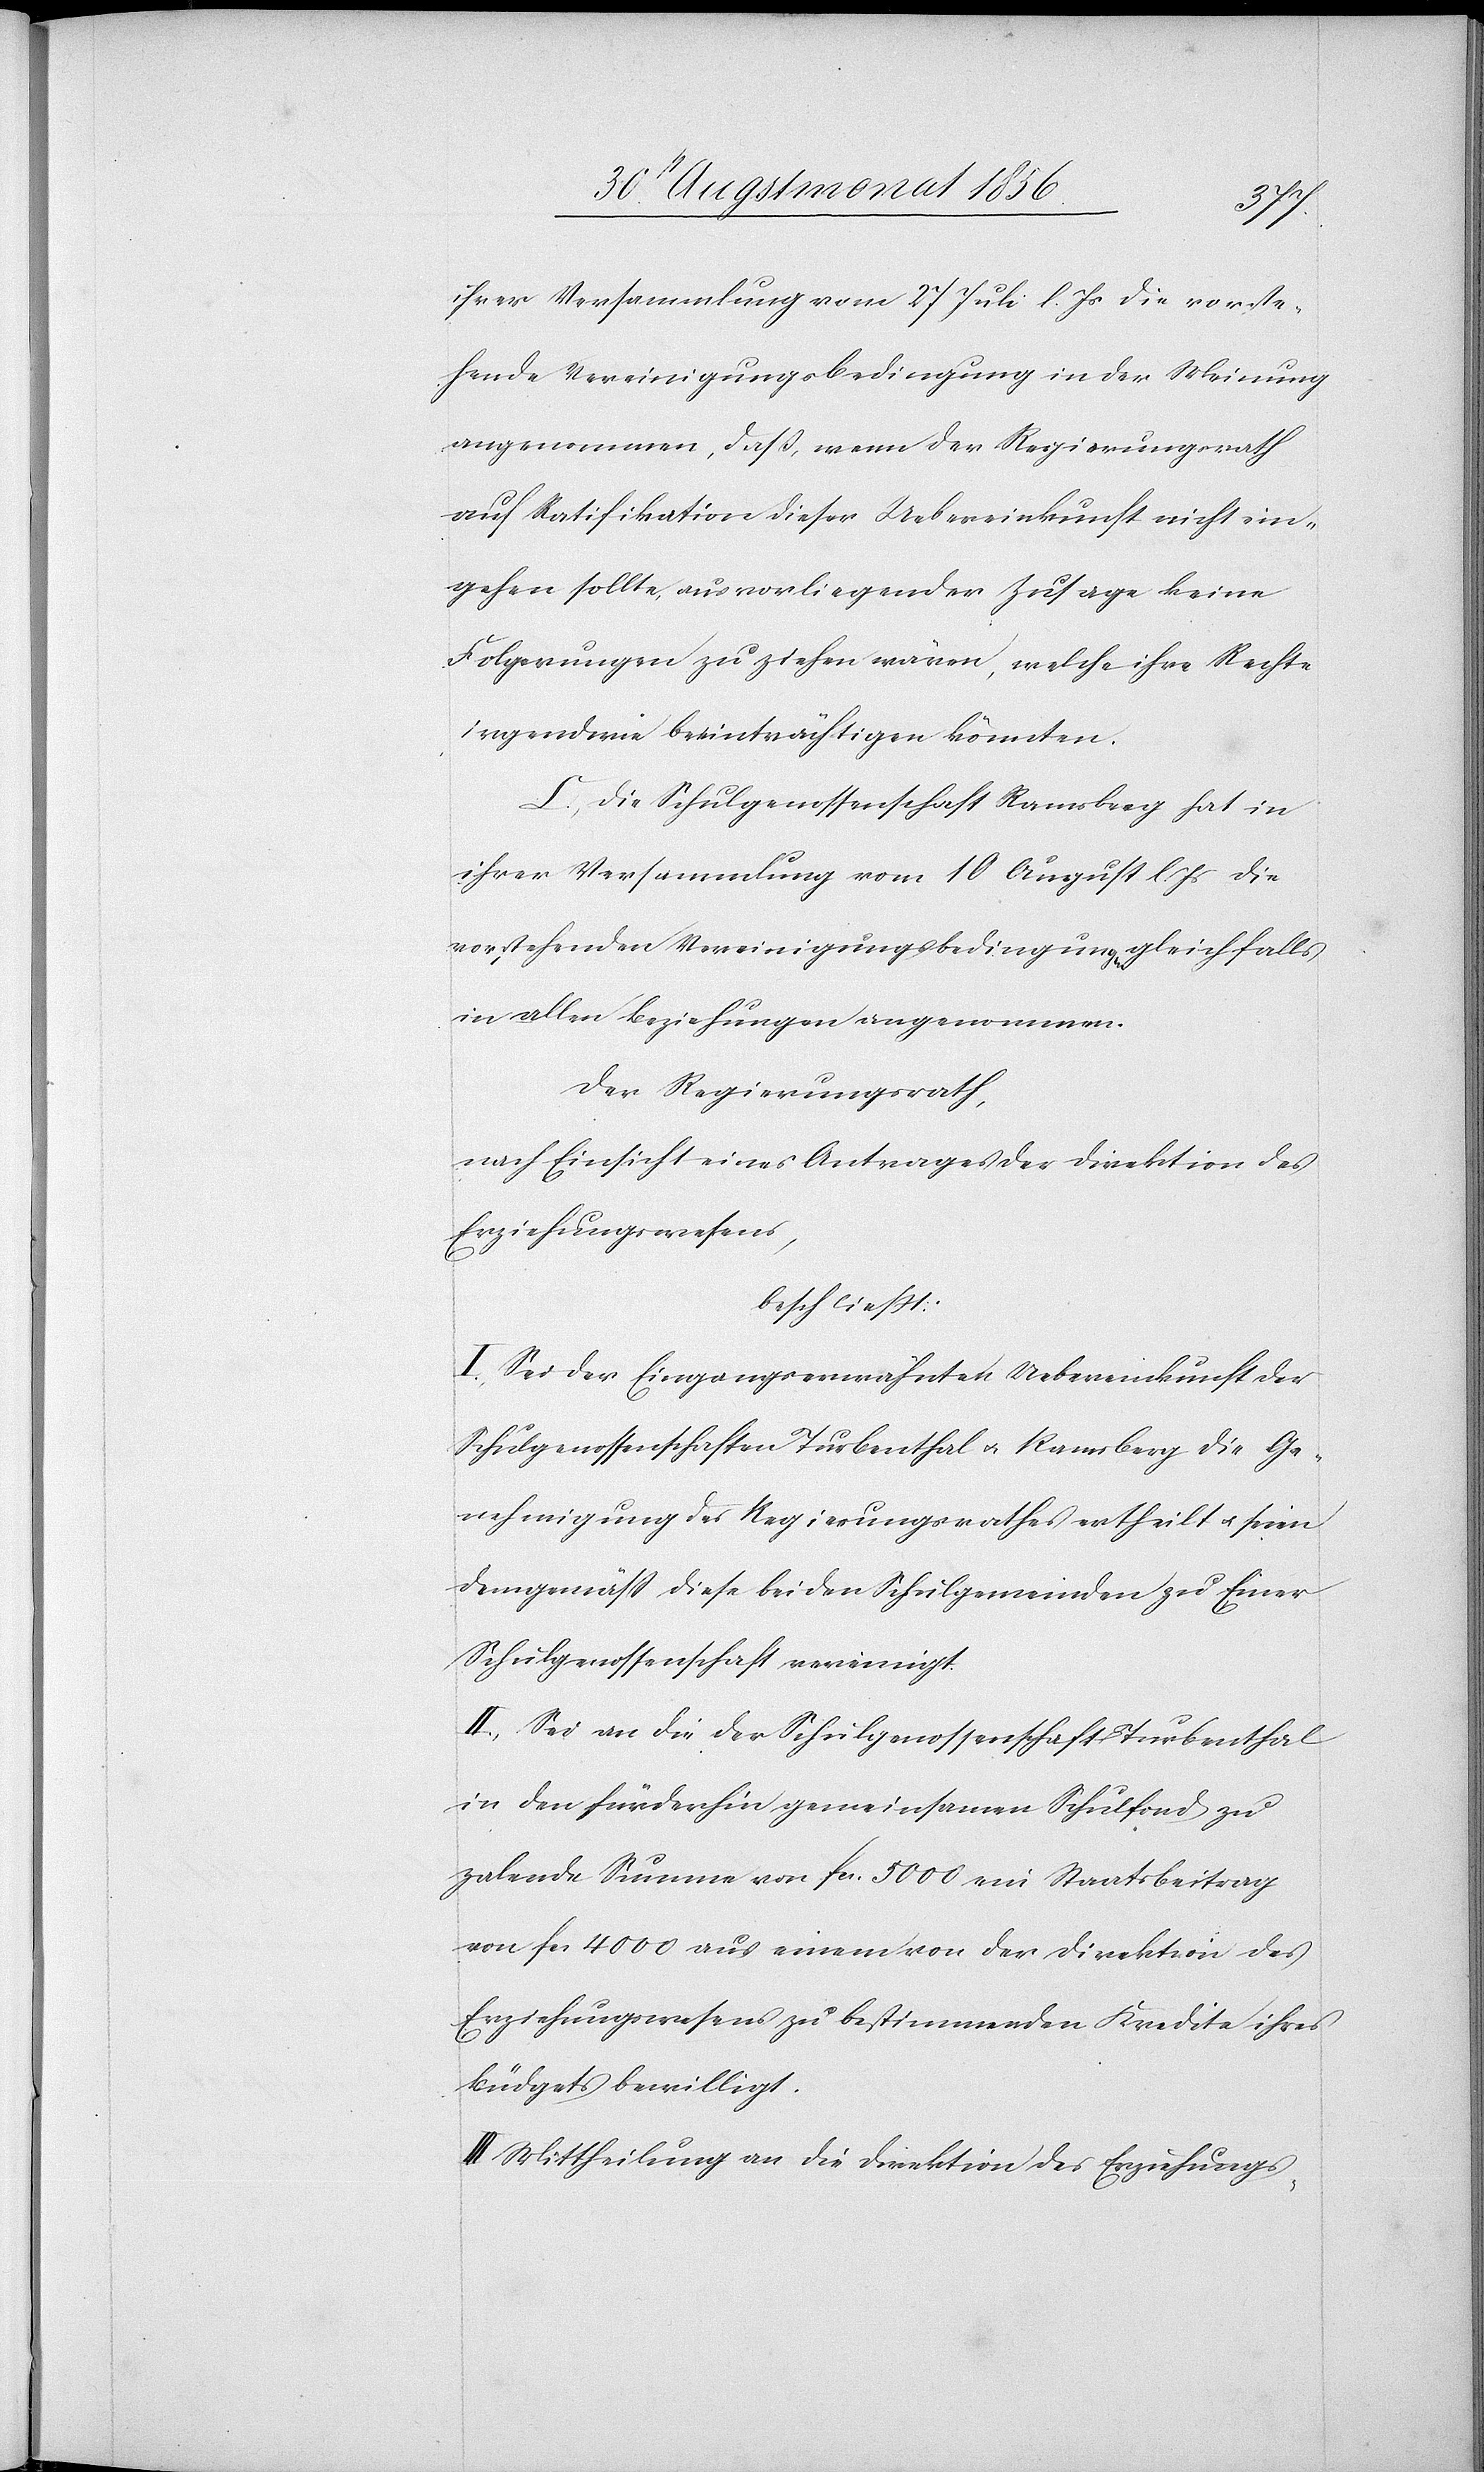
ihrer Versammlung vom 27 Juli l. Js die vorste¬
hende Vereinigungsbedingung in der Meinung
angenommen, dass wenn der Regierungsrath
auf Ratifikation dieser Uebereinkunft nicht ein¬
gehen sollte, aus vorliegender Zusage keine
Folgerungen zu ziehen wären, welche ihre Rechte
irgendwie beeinträchtigen könnten.
C.) Die Schulgenossenschaft Ramsberg hat in
ihrer Versammlung vom 10 August l. Js die
vorstehenden Vereinigungsbedingungen gleichfalls
in allen Beziehungen angenommen.
Der Regierungsrath,
nach Einsicht eines Antrages der Direktion des
Erziehungswesens,
beschliesst:
I.) Sei der Eingangserwähnten Uebereinkunft der
Schulgenossenschaft Turbenthal u. Ramsberg die Ge¬
nehmigung des Regierungsrathes ertheilt u. seien
demgemäss diese beiden Schulgemeinden zu Einer
Schulgenossenschaft vereinigt.
II.) Sei an die der Schulgenossenschaft Turbenthal
in den fürderhin gemeinsamen Schulfond zu
zalende Summe von fcs. 5000 ein Staatsbeitrag
von fcs 4000 aus einem von der Direktion des
Erziehungswesens zu bestimmenden Kredite ihres
Büdgets bewilligt.
III.) Mittheilung an die Direktion des Erziehungs-